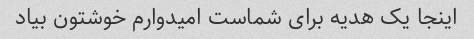
اینجا یک هدیه برای شماست امیدوارم خوشتون بیاد